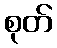
စုတ်